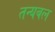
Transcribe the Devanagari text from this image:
तन्यबल